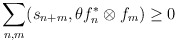
\begin{align*}\sum_{n,m} (s_{n + m},\theta f_{n}^{\ast }\otimes f_{m}) \geq 0\end{align*}